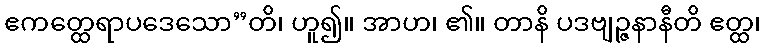
ဧကတ္ထေရာပဒေသော”တိ၊ ဟူ၍။ အာဟ၊ ၏။ တာနိ ပဒဗျဉ္ဇနာနီတိ ဧတ္ထ၊